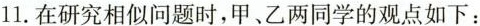
11.在研究相似问题时，甲、乙两同学的观点如下：